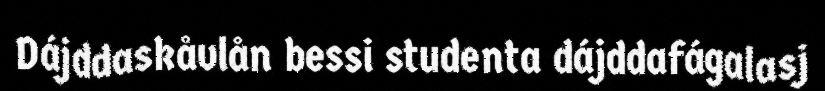
Dájddaskåvlån bessi studenta dájddafágalasj